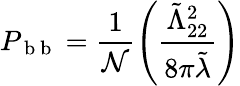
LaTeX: P_{\mathrm{~b~b~}}=\frac{1}{\mathcal{N}}\left(\frac{\tilde{\Lambda}_{22}^{2}}{8\pi\tilde{\lambda}}\right)